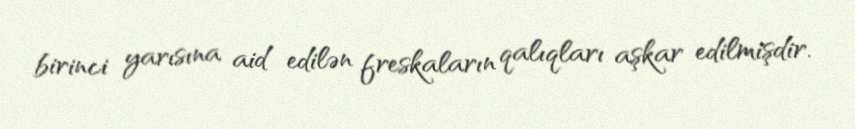
birinci yarısına aid edilən freskaların qalıqları aşkar edilmişdir.